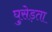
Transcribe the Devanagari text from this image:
घुसेड़ता